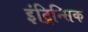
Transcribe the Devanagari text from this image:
इंट्रिन्सिक